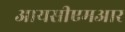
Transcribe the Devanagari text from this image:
आयसीएमआर